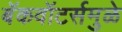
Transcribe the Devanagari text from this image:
बॅकवॉटर्समुळे